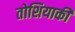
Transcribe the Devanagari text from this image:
तोशियाकी